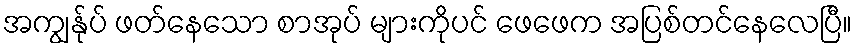
အကျွန်ုပ် ဖတ်နေသော စာအုပ် များကိုပင် ဖေဖေက အပြစ်တင်နေလေပြီ။